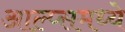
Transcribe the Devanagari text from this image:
आल्प्समध्ये